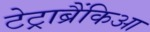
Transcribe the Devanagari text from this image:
टेट्राब्रैंकिआ